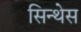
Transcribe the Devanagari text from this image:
सिन्थेस